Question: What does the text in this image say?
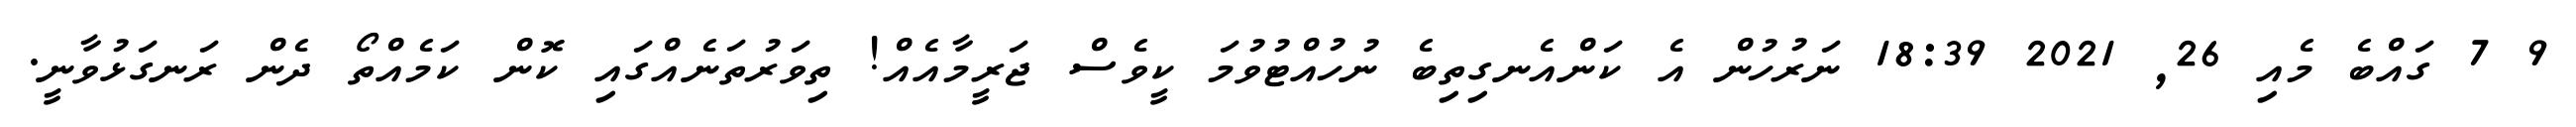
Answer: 9 7 ގައްބެ މެއި 26, 2021 18:39 ނަރުހުން އެ ކަންއެނގިތިބެ ނުހުއްޓުވުމަ ކީވެސް ޖަރީމާއެއް! ތިވަރުތަނެއްގައި ކޮން ކަމެއްތޯ ދެން ރަނގަޅުވާނީ.